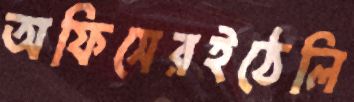
অফিসেরইঠেলি